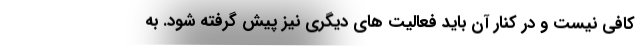
کافی نیست و در کنار آن باید فعالیت های دیگری نیز پیش گرفته شود. به